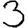
Digit: 3